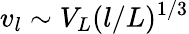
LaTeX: v_{l}\sim V_{L}(l/L)^{1/3}